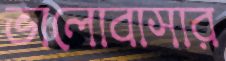
ভালোবাসার